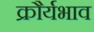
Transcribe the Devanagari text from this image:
क्रौर्यभाव